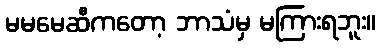
မမမေဆီကတော့ ဘာသံမှ မကြားရဘူး။